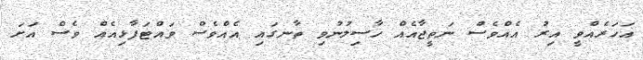
އަހަރެއްވީ އިރު އެއްވެސް ނަތީޖާއެއް ހާސިލުނުވި ތާނގައި އެއްވެސް ވައްޓަފާޅިއެއް ވެސް އަށަ